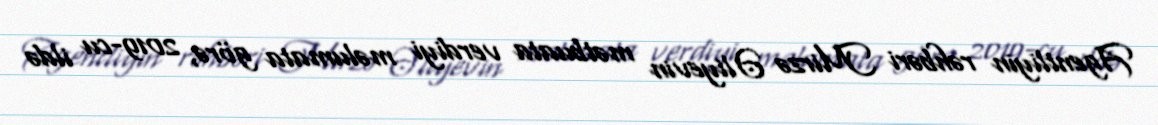
Agentliyin rəhbəri Mirzə Əliyevin mətbuata verdiyi məlumata görə, 2019-cu ildə